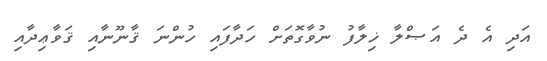
އަދި އެ ދެ އަޞްލާ ޚިލާފު ނުވާގޮތަށް ހަދާފައި ހުންނަ ޤާނޫނާއި ޤަވާޢިދާއި